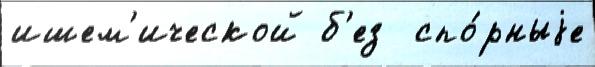
ишем'ической б'ез  спо́рныjе